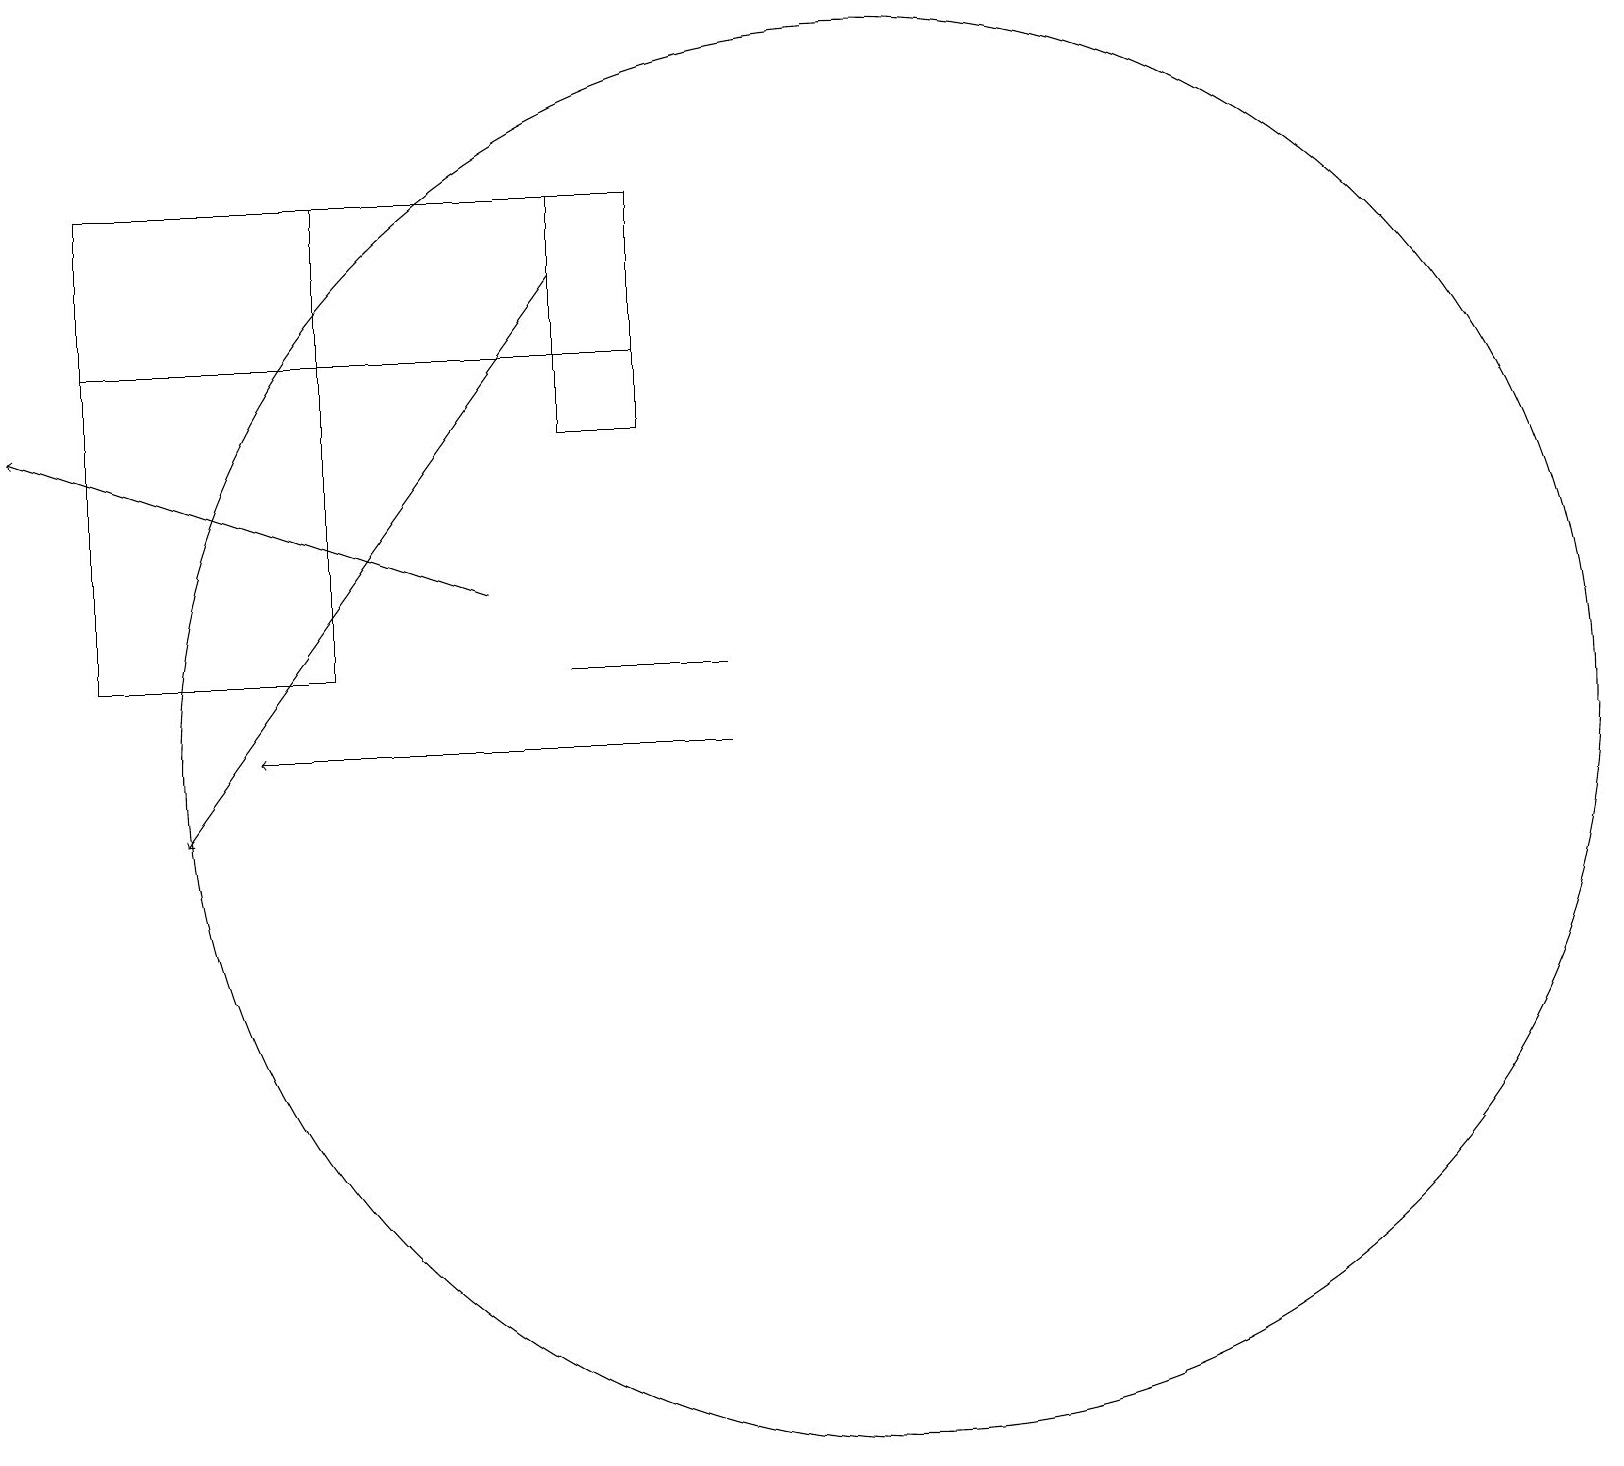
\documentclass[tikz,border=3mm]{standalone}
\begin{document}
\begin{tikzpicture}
\draw (7,13) rectangle (9,13);
\draw[->] (6,14) -- (0,16);
\draw[->] (7,18) -- (2,11);
\draw (8,19) rectangle (7,16);
\draw (1,13) rectangle (4,19);
\draw[->] (9,12) -- (3,12);
\draw (11,12) circle (9);
\draw (8,17) rectangle (1,19);
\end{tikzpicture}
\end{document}